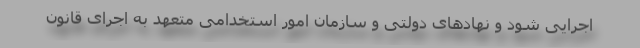
اجرایی شود و نهادهای دولتی و سازمان امور استخدامی متعهد به اجرای قانون